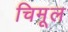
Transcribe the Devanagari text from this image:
चिमूल